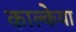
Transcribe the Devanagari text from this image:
काल्केया